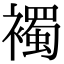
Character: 襡